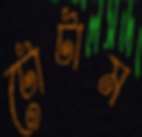
টোটাম